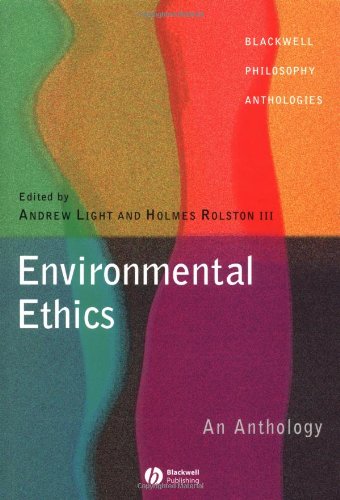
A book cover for Environmental Ethics: An Anthology; Science & Math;